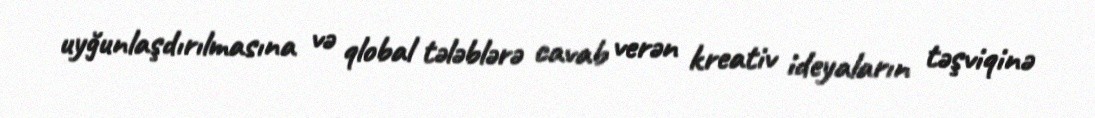
uyğunlaşdırılmasına və qlobal tələblərə cavab verən kreativ ideyaların təşviqinə